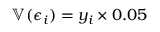
\mathbb { V } ( \epsilon _ { i } ) = y _ { i } \times 0 . 0 5